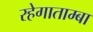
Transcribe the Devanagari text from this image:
रहेगाताम्बा